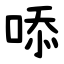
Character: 㖭